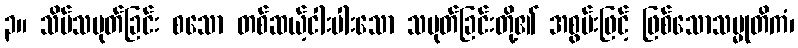
၃။ သိမ်သမုတ်ခြင်း စသော တစ်ဆယ့်ငါးပါးသော သမုတ်ခြင်းတို့၏ အစွမ်းဖြင့် ဖြစ်သောသမ္မုတိကံ၊